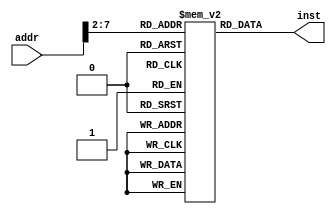
`timescale 1ns / 1ps 
//////////////////////////////////////////////////////////////////////////////////
// Company:
// Engineer:
//
// Design Name:
// Module Name: InstMemory
// Project Name:
// Target Devices:
// Tool Versions:
// Description:
//
// Dependencies:
//
// Revision:
// Revision 0.01 - File Created
// Additional Comments:
//
//////////////////////////////////////////////////////////////////////////////////


module InstMemory(
           input [31: 0] addr,
           output reg [31: 0] inst
       );

reg [31: 0] inst_file[63: 0];

always @(addr) begin
    inst = inst_file[addr >> 2];
end

endmodule